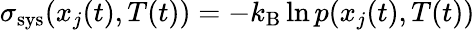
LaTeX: \sigma_{\mathrm{sys}}(x_{j}(t),T(t))=-k_{\mathrm{B}}\ln p(x_{j}(t),T(t))